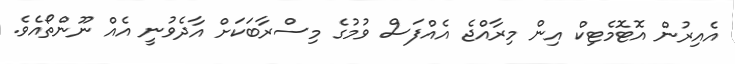
އެއިރުން އޮޓޮމެޓިކް އިން މިރާއްޖެ އެއްފަސް ވުމުގެ މިސްރާބަކަށް އާދެވުނީ އެއް ނޫންތޯއެވެ.